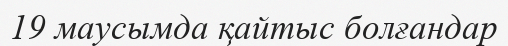
19 маусымда қайтыс болғандар